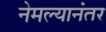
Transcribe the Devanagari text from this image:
नेमल्यानंतर